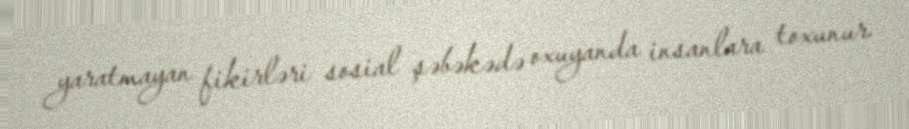
yaratmayan fikirləri sosial şəbəkədə oxuyanda insanlara toxunur.